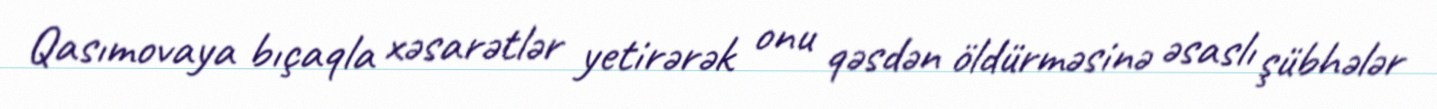
Qasımovaya bıçaqla xəsarətlər yetirərək onu qəsdən öldürməsinə əsaslı şübhələr